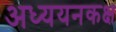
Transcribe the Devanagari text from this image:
अध्ययनकक्ष